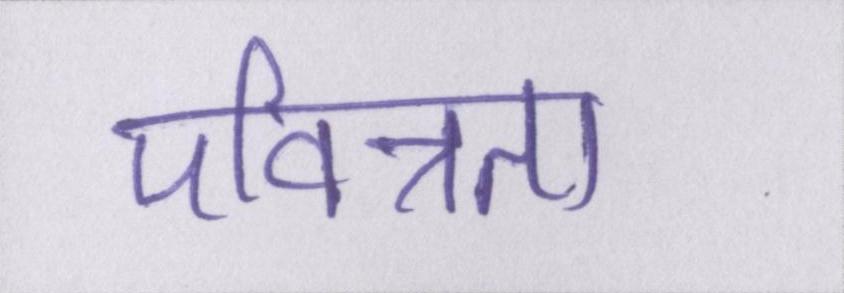
पवित्रता